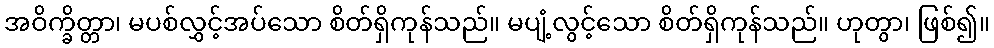
အဝိက္ခိတ္တာ၊ မပစ်လွှင့်အပ်သော စိတ်ရှိကုန်သည်။ မပျံ့လွင့်သော စိတ်ရှိကုန်သည်။ ဟုတွာ၊ ဖြစ်၍။